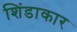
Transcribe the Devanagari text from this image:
शिंडाकार